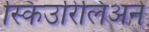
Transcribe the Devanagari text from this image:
स्किउरिलिअने